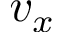
v _ { x }